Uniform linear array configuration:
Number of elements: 24
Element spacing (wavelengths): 1
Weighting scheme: binomial
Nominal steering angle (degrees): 60
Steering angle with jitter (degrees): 59.119
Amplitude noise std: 0.05
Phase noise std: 0.05

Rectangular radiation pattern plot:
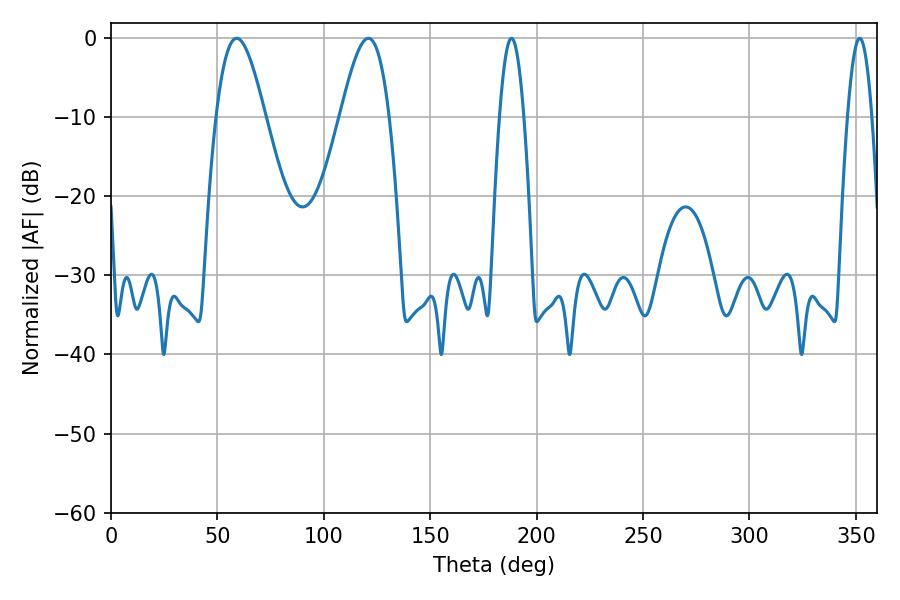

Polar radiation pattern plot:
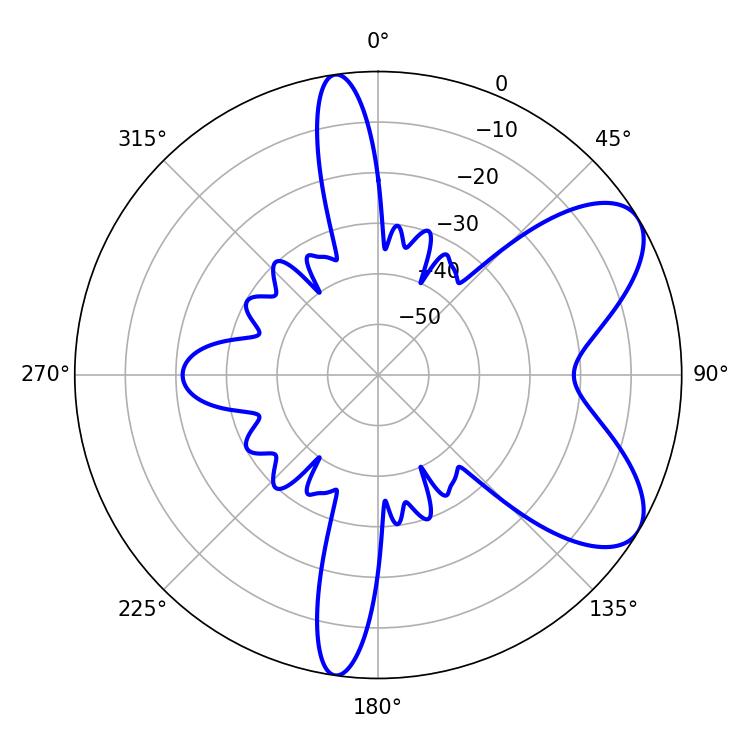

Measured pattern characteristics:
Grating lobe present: TRUE
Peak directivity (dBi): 7.251
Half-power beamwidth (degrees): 12.24
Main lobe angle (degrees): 59.04